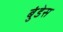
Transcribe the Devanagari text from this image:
बुंडेस